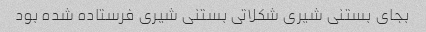
بجای بستنی شیری شکلاتی بستنی شیری فرستاده شده بود